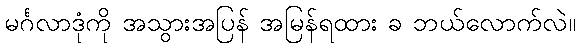
မင်္ဂလာဒုံကို အသွားအပြန် အမြန်ရထား ခ ဘယ်လောက်လဲ။